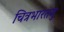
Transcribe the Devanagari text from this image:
चित्रभारतमु